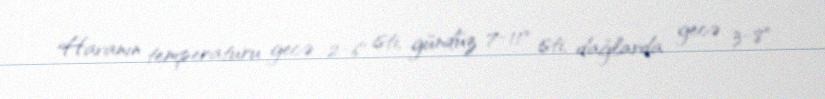
Havanın temperaturu gecə 2-6° isti, gündüz 7-11° isti, dağlarda gecə 3-8°